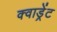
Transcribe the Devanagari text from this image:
क्वाड्रेंट